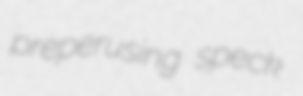
preperusing speck